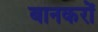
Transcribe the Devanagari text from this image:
बानकरों